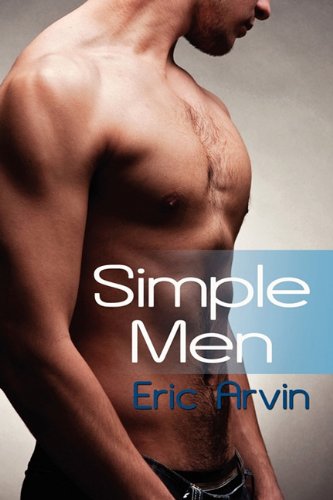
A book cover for Simple Men; Eric Arvin; Romance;